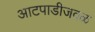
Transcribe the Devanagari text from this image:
आटपाडीजवळ